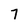
Character: 7